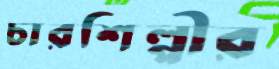
চারশিল্পীর